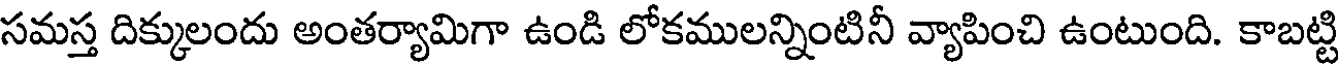
సమస్త దిక్కులందు అంతర్యామిగా ఉండి లోకములన్నింటినీ వ్యాపించి ఉంటుంది. కాబట్టి